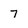
Character: 7